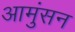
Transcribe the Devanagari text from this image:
आमुंसन